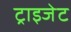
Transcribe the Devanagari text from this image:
ट्राइजेट